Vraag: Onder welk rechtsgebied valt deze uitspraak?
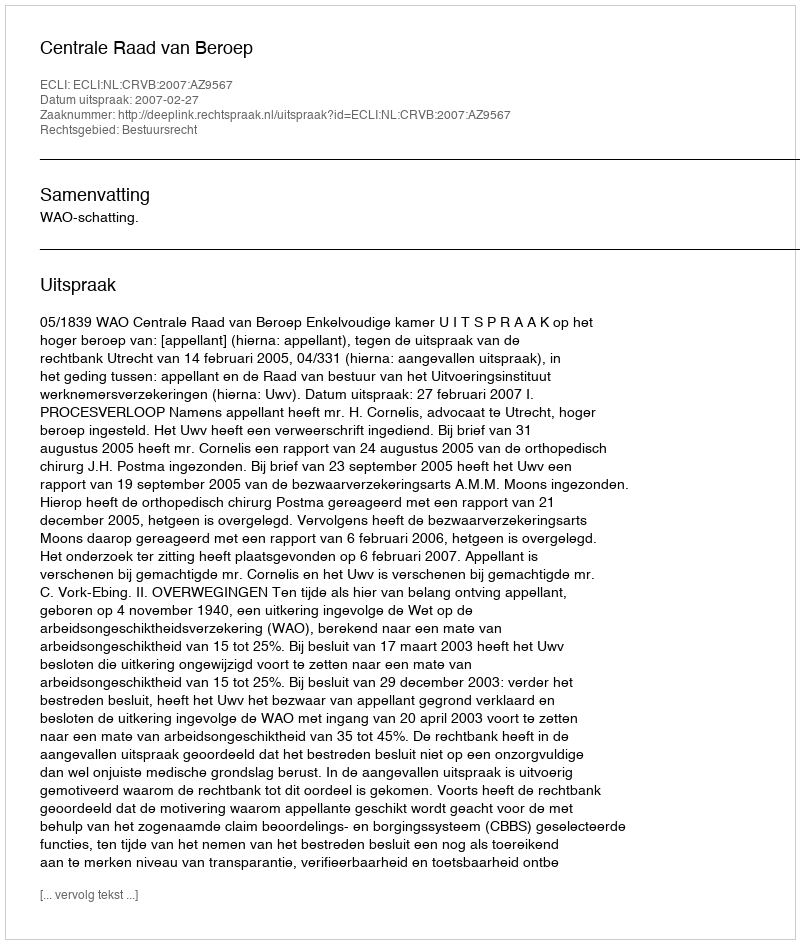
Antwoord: Bestuursrecht